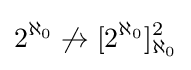
2^{\aleph _{0}}\not \to [2^{\aleph _{0}}]_{\aleph _{0}}^{2}